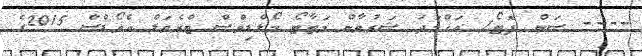
---- ސަން ފޮޓޯ/ އަހްމަދު ޝަރުވާން މަޓާޓޯ މޯލްޑިވްސް ޓްރެވަލް އެވޯޑްސް 2015ގެ